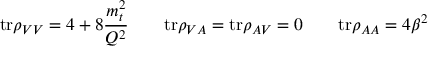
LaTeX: \mathrm { t r } \rho _ { V V } = 4 + 8 { \frac { m _ { t } ^ { 2 } } { Q ^ { 2 } } } \qquad \mathrm { t r } \rho _ { V A } = \mathrm { t r } \rho _ { A V } = 0 \qquad \mathrm { t r } \rho _ { A A } = 4 \beta ^ { 2 }